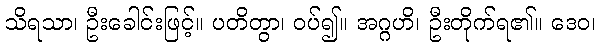
သိရသာ၊ ဦးခေါင်းဖြင့်။ ပတိတွာ၊ ဝပ်၍။ အဂ္ဂဟိ၊ ဦးတိုက်ရ၏။ ဒေဝ၊